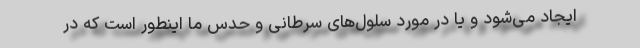
ایجاد می‌شود و یا در مورد سلول‌های سرطانی و حدس ما اینطور است که در